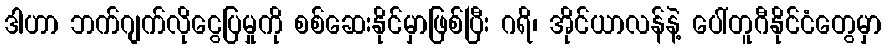
ဒါဟာ ဘက်ဂျက်လိုငွေပြမှုကို စစ်ဆေးနိုင်မှာဖြစ်ပြီး ဂရိ၊ အိုင်ယာလန်နဲ့ ပေါ်တူဂီနိုင်ငံတွေမှာ